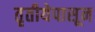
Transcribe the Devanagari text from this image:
तृतीयेपासून